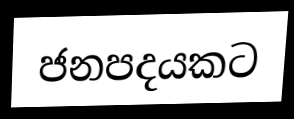
ජනපදයකට